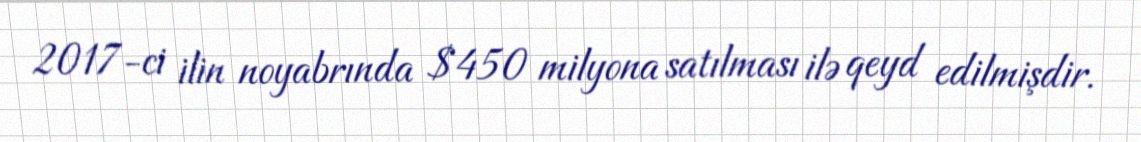
2017-ci ilin noyabrında $450 milyona satılması ilə qeyd edilmişdir.